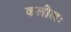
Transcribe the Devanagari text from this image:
कलीलः